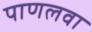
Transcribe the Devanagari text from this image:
पाणलवा